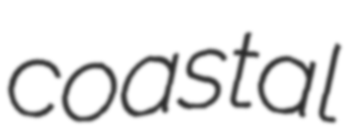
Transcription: coastal